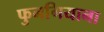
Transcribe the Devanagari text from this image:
फुनगियाना